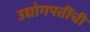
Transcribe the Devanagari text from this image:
उद्योगपतींची